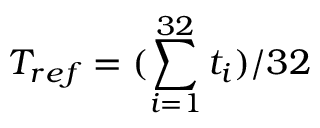
T _ { r e f } = ( \sum _ { i = 1 } ^ { 3 2 } t _ { i } ) / 3 2